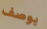
يوصف